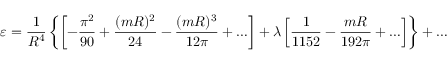
\varepsilon = \frac { 1 } { R ^ { 4 } } \left\{ \left[ - \frac { \pi ^ { 2 } } { 9 0 } + \frac { ( m R ) ^ { 2 } } { 2 4 } - \frac { ( m R ) ^ { 3 } } { 1 2 \pi } + \ldots \right] + \lambda \left[ \frac { 1 } { 1 1 5 2 } - \frac { m R } { 1 9 2 \pi } + \ldots \right] \right\} + \ldots